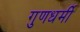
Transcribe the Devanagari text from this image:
गुणधर्मी